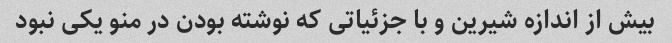
بیش از اندازه شیرین و با جزئیاتی که نوشته بودن در منو یکی نبود